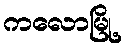
ကလောမြို့